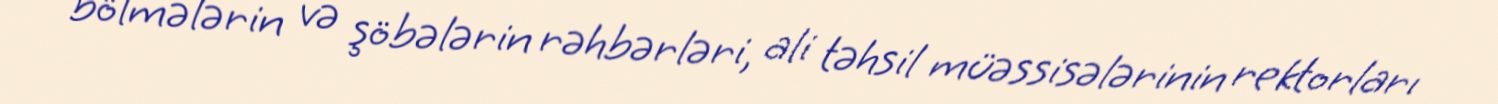
bölmələrin və şöbələrin rəhbərləri, ali təhsil müəssisələrinin rektorları